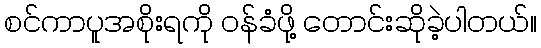
စင်ကာပူအစိုးရကို ဝန်ခံဖို့ တောင်းဆိုခဲ့ပါတယ်။